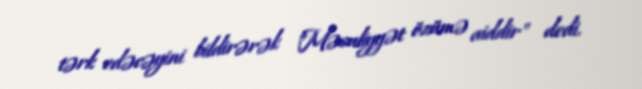
tərk edəcəyini bildirərək "Məsuliyyət özümə aiddir" dedi.